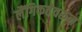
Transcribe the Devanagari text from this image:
लैंगिकतेवरून